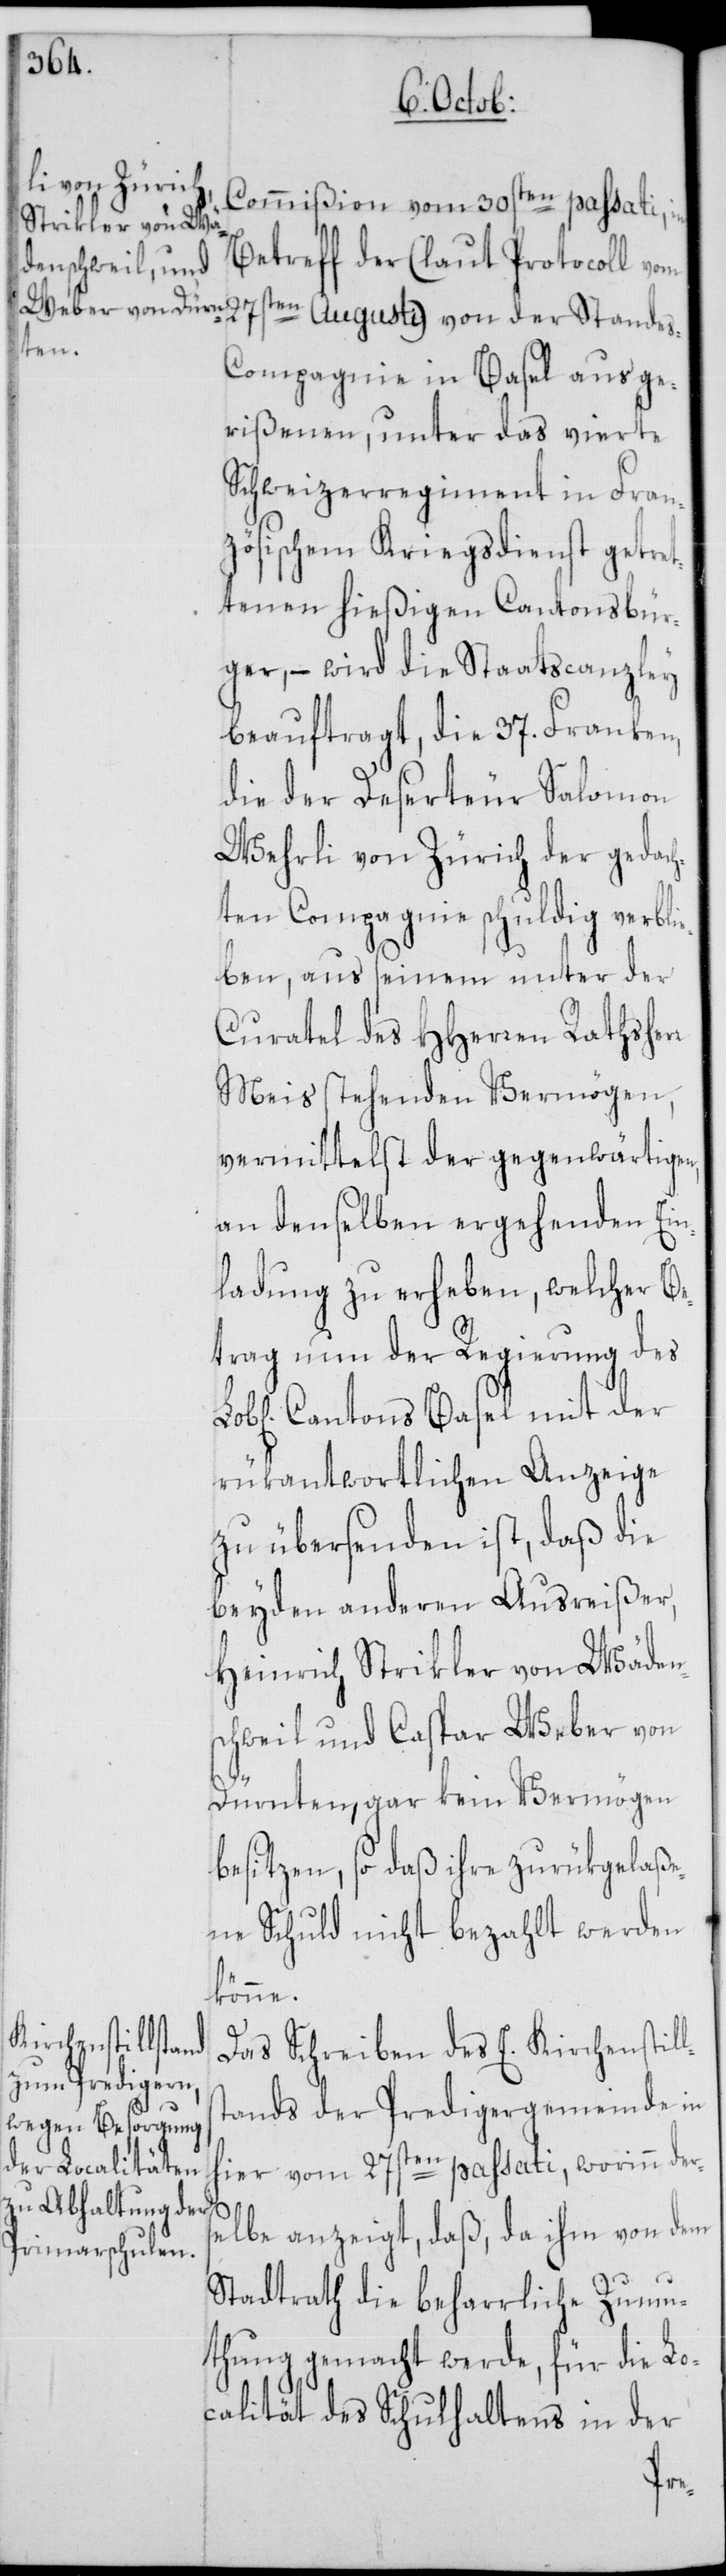
Commißion vom 30sten passati, in
Betreff der (laut Protocoll vom
ten Augusti) von der Standes-C¬
ompagnie in Basel ausge¬
rißenen, unter das vierte
Schweizerregiment in Fran¬
zösischem Kriegsdienst getret¬
tenen hießigen Cantonsbür¬
ger, – wird die Staatscanzley
beauftragt, die 37. Franken,
die der Deserteur Salomon
Wehrli von Zürich der gedach¬
ten Compagnie schuldig verbli¬
eben, aus seinem unter der
Curatel des HHerren Rathsherr
Meis stehenden Vermögen,
vermittelst der gegenwärtigen,
an denselben ergehenden Ein¬
ladung zu erheben, welcher Be¬
trag nun der Regierung des
Cantons Basel mit der
rükantwortlichen Anzeige
zu übersenden ist, daß die
beyden anderen Ausreißer,
Heinrich Strikler von Wäden¬
schweil und Caspar Weber von
Dürnten, gar kein Vermögen
besitzen, so daß ihre zurükgelaße¬
ne Schuld nicht bezahlt werden
könne.
Das Schreiben des E. Kirchenstill¬
tands der Predigergemeinde in
hier vom 27sten passati, worinn der¬
selbe anzeigt, daß, da ihm von dem
Stadtrath die beharrliche Zumu¬
thung gemacht werde, für die Lo¬
calität des Schulhaltens in der
s¬